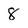
Character: 8